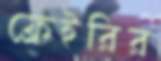
ফ্রেইরির